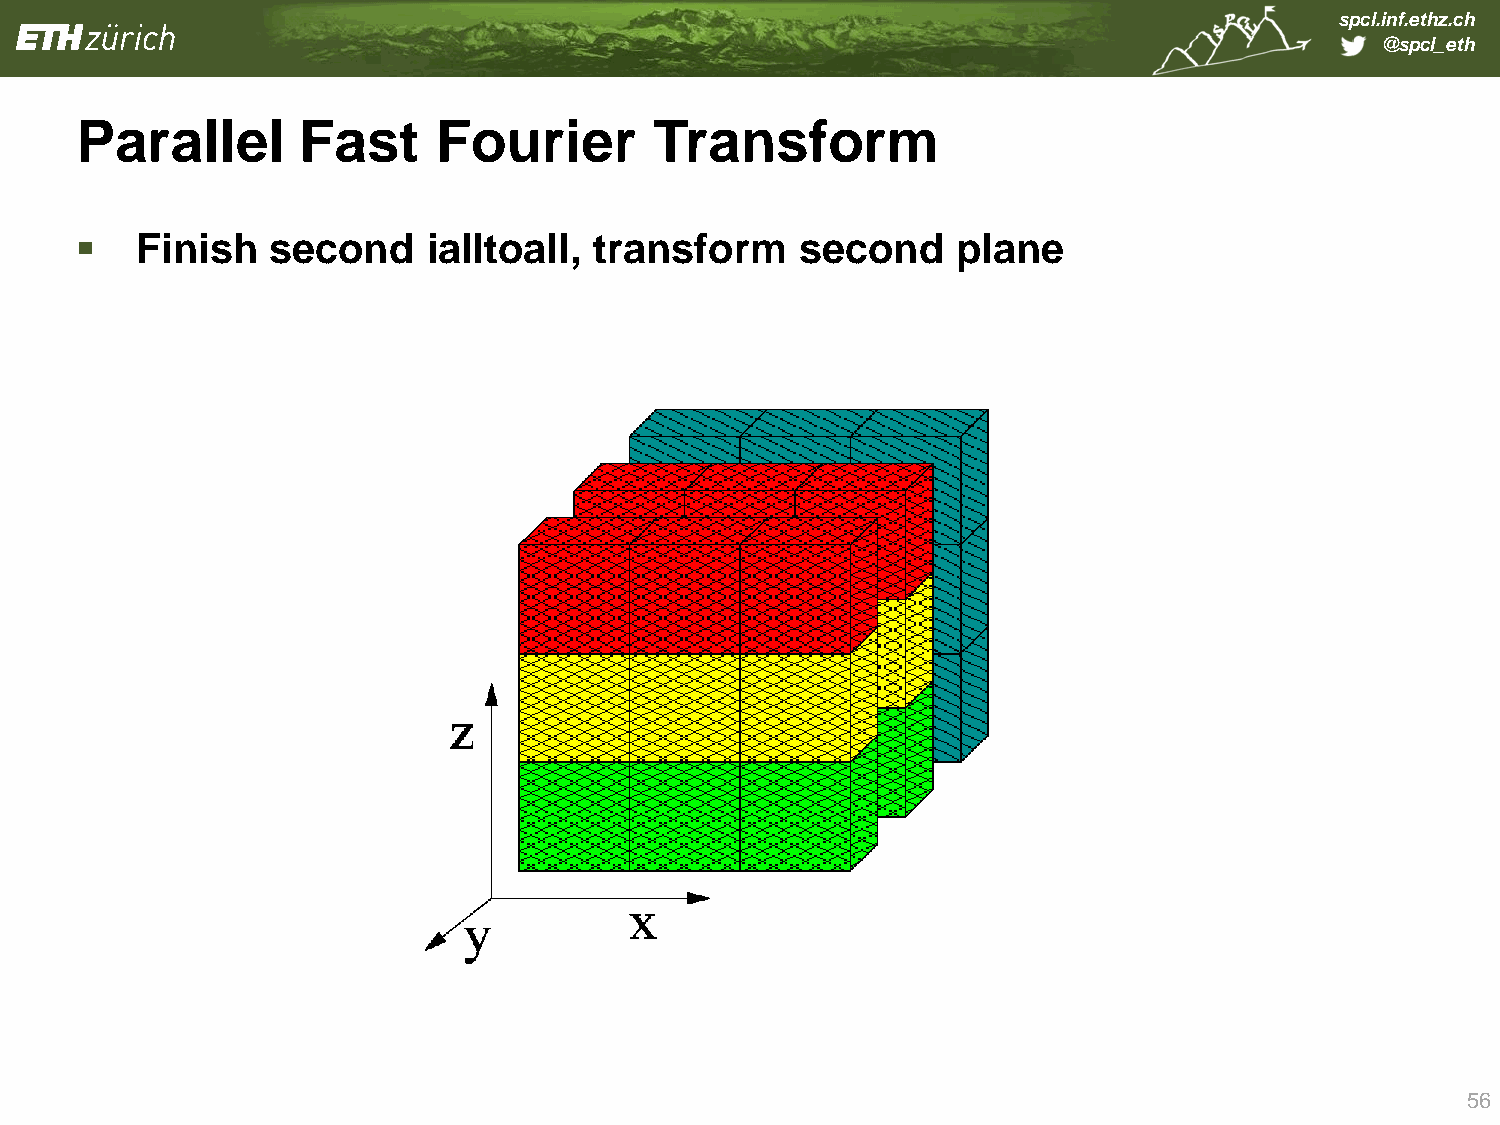
spcl.inf.ethz.ch
 @spcl_eth
 Parallel       Fast     Fourier       Transform
    Finish   second    ialltoall, transform     second    plane
 56